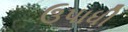
ઉપાધી